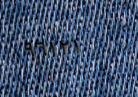
٩٦١٢١